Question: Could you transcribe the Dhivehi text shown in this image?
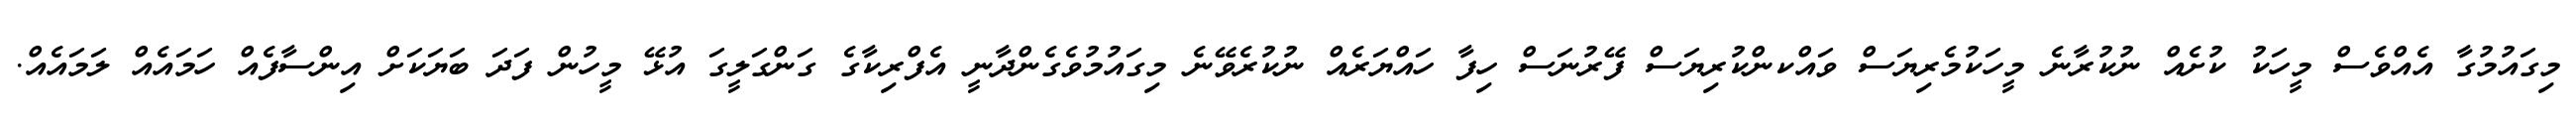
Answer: މިގައުމުގާ އެއްވެސް މީހަކު ކުށެއް ނުކުރާނެ މީހަކުމެރިޔަސް ވައްކންކުރިޔަސް ފޭރުނަސް ހިފާ ހައްޔަރެއް ނުކުރެވޭނެ މިގައުމުވެގެންދާނީ އެފްރިކާގެ ގަންގަލީގަ އުޅޭ މީހުން ފަދަ ބަޔަކަށް އިންސާފެއް ހަމައެއް ލަމައެއް.